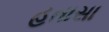
હતાસા